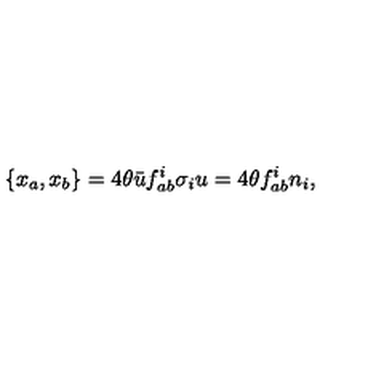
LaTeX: \{ x _ { a } , x _ { b } \} = 4 \theta { \bar { u } } f _ { a b } ^ { i } \sigma _ { i } u = 4 \theta f _ { a b } ^ { i } n _ { i } ,